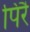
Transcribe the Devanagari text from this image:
पिरै